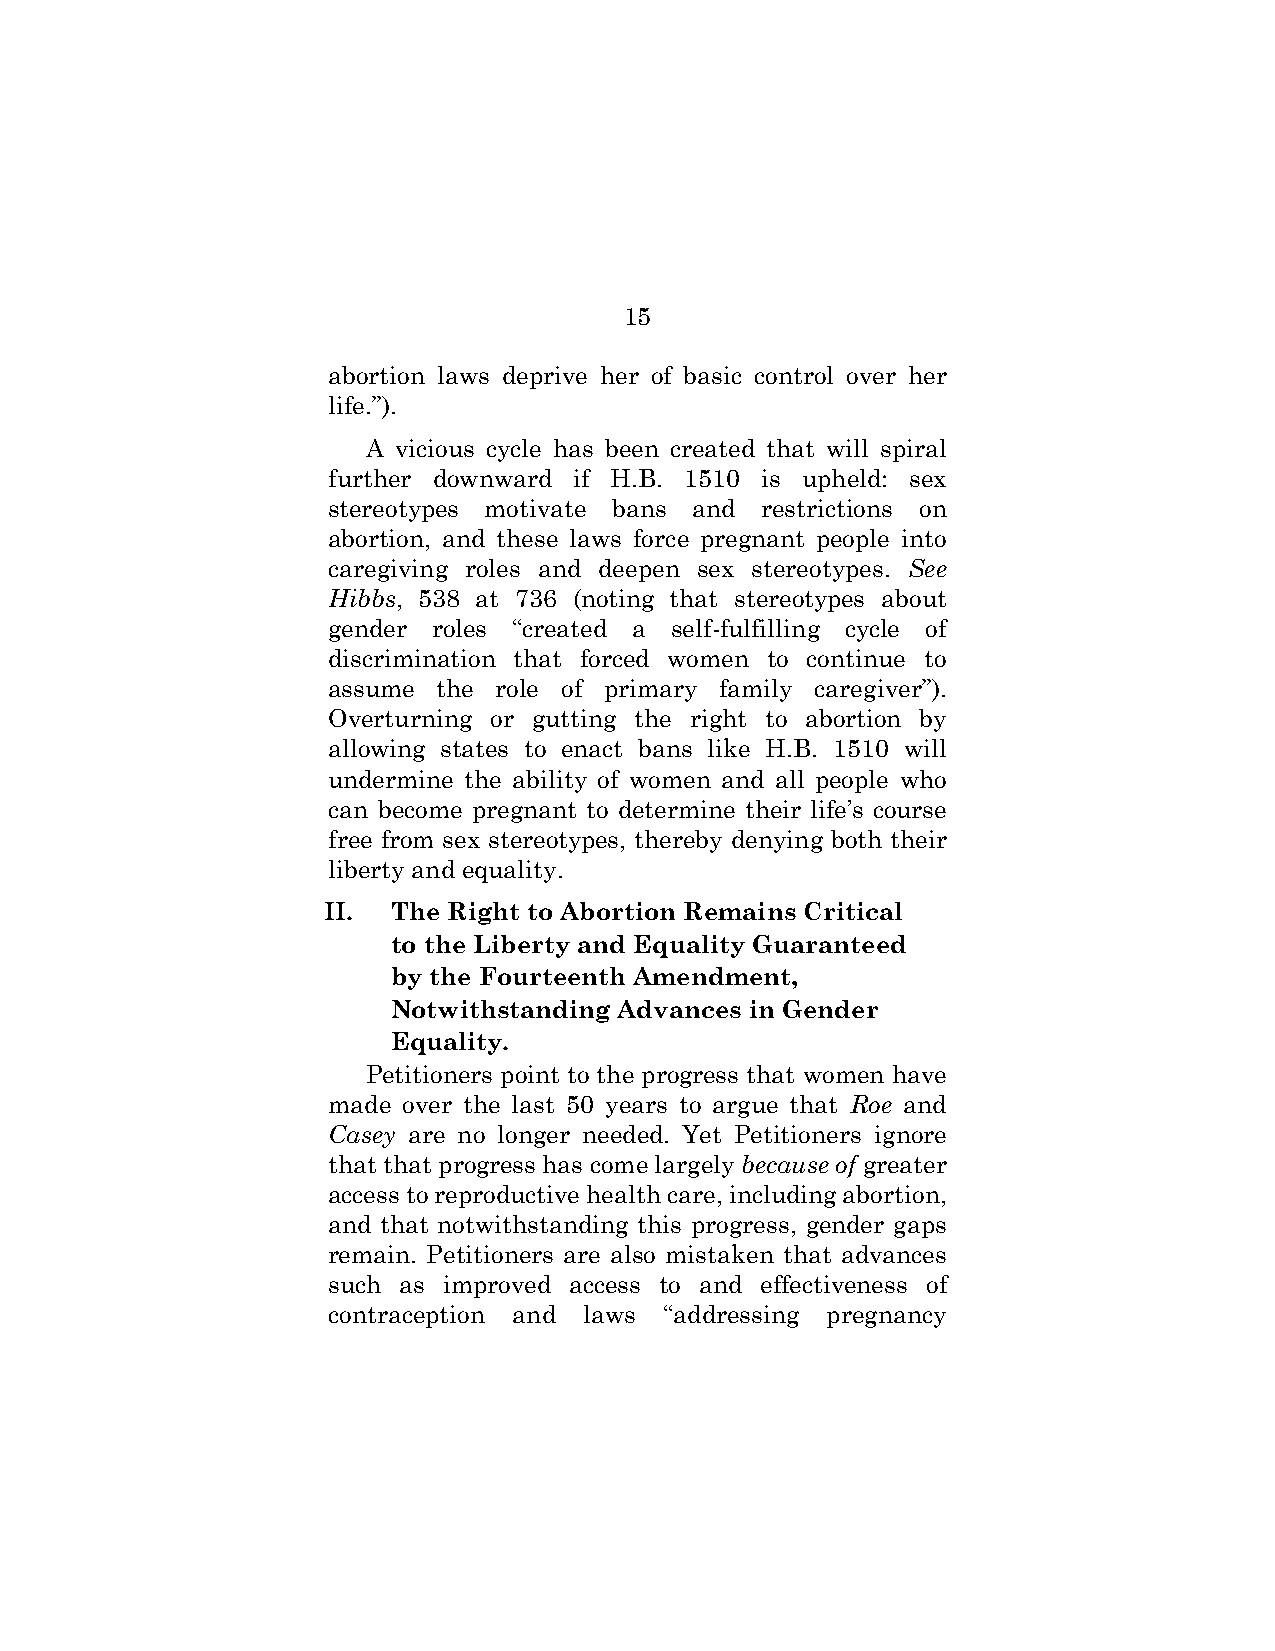
15
 abortion laws deprive her of basic control over her
 life.”).
 A vicious cycle has been created that will spiral
 further downward if H.B. 1510 is upheld: sex
 stereotypes motivate bans and restrictions on
 abortion, and these laws force pregnant people into
 caregiving roles and deepen sex stereotypes. See
 Hibbs, 538 at 736 (noting that stereotypes about
 gender roles “created a self-fulfilling cycle of
 discrimination that forced women to continue to
 assume the role of primary family caregiver”).
 Overturning or gutting the right to abortion by
 allowing states to enact bans like H.B. 1510 will
 undermine the ability of women and all people who
 can become pregnant to determine their life’s course
 free from sex stereotypes, thereby denying both their
 liberty and equality.
 II.  The Right to Abortion Remains Critical
 to the Liberty and Equality Guaranteed
 by the Fourteenth Amendment,
 Notwithstanding Advances in Gender
 Equality.
 Petitioners point to the progress that women have
 made over the last 50 years to argue that Roe and
 Casey are no longer needed. Yet Petitioners ignore
 that that progress has come largely because of greater
 access to reproductive health care, including abortion,
 and that notwithstanding this progress, gender gaps
 remain. Petitioners are also mistaken that advances
 such as improved access to and effectiveness of
 contraception and laws “addressing pregnancy